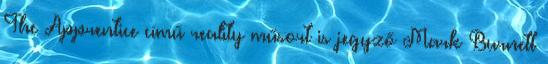
The Apprentice című reality műsort is jegyző Mark Burnett